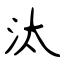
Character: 汰